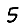
Digit: 5